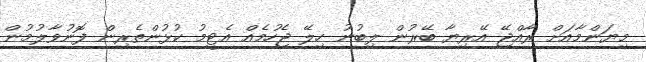
މިޔަންމާއަށް ރާއްޖޭ އޭރިޔާ ބޭރުން ލިބުނު ހިލޭ ޖެހުމެއް އެޓީމު ކުޅުންތެރިން ފޮނުވާލުމުން